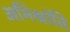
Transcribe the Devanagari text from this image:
अभिश्रांति